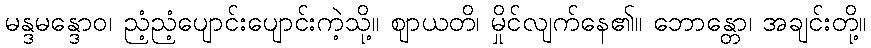
မန္ဒမန္ဒောဝ၊ ညံ့ညံ့ပျောင်းပျောင်းကဲ့သို့။ ဈာယတိ၊ မှိုင်လျက်နေ၏။ ဘောန္တော၊ အချင်းတို့။